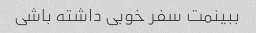
ببینمت سفر خوبی داشته باشی